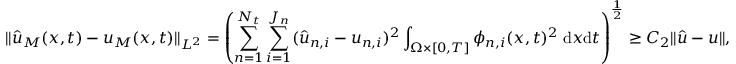
\| \hat { u } _ { M } ( \boldsymbol { x } , t ) - u _ { M } ( \boldsymbol { x } , t ) \| _ { L ^ { 2 } } = \left( \sum _ { n = 1 } ^ { N _ { t } } \sum _ { i = 1 } ^ { J _ { n } } ( \hat { u } _ { n , i } - u _ { n , i } ) ^ { 2 } \int _ { \Omega \times [ 0 , T ] } \phi _ { n , i } ( \boldsymbol { x } , t ) ^ { 2 } \; \mathrm { d } \boldsymbol { x } \mathrm { d } t \right) ^ { \frac { 1 } { 2 } } \ge C _ { 2 } \| \boldsymbol { \hat { u } } - \boldsymbol { u } \| ,